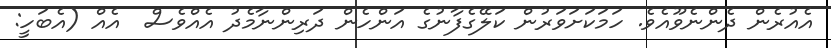
އެއުރެން ދެންނެވޫއެވެ. ހަމަކަށަވަރުން ކަލޭގެފާނުގެ އަންހެން ދަރިންނާމެދު އެއްވެސް  އެއް (އެބަހީ: